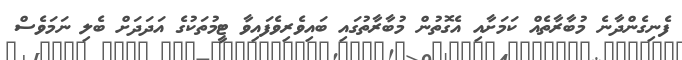
ފެނިގެންދާނެ މުބާރާތެއް ކަމަށާއި އެގޮތުން މުބާރާތުގައި ބައިވެރިވެފައިވާ ޓީމުތަކުގެ އަދަދަށް ބެލި ނަމަވެސް